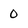
Character: 0